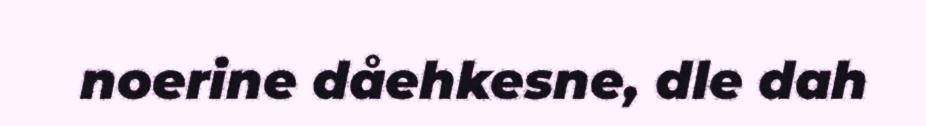
noerine dåehkesne, dle dah